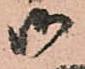
御